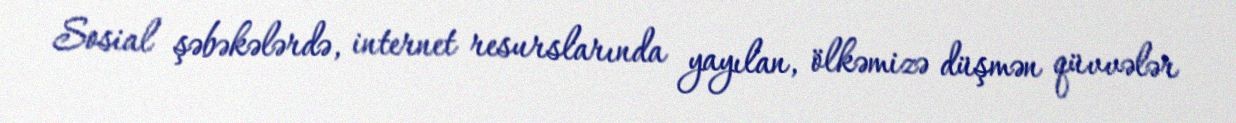
Sosial şəbəkələrdə, internet resurslarında yayılan, ölkəmizə düşmən qüvvələr